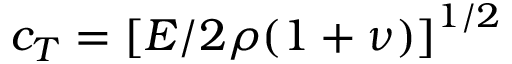
c _ { T } = \left[ E / 2 \rho ( 1 + \nu ) \right] ^ { 1 / 2 }